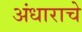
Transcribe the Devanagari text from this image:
अंधाराचे